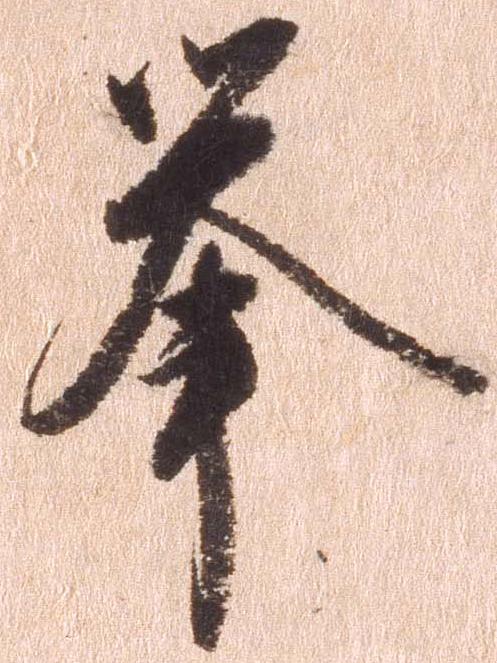
挙